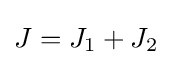
J=J_{1}+J_{2}